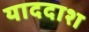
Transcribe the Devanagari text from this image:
याददाश